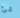
شئ